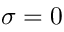
\sigma = 0